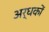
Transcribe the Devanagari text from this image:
अर्धकों